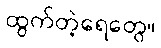
ထွက်တဲ့ရေတွေ။